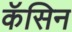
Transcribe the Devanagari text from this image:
कॅसिन